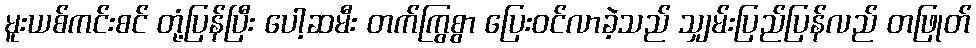
မူးယစ်ကင်းစင် တုံ့ပြန်ပြီး ပေါ့ဆမီး တက်ကြွစွာ ပြေးဝင်လာခဲ့သည် သျှမ်းပြည်ပြန်လည် တဖြုတ်